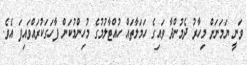
ވަނީ ޔަމަނަށް މިހާރު ދެމުންދާ ވައިގެ ހަމަލާތައް ހުއްޓާލުމުގެ މުހިންމުކަން ފާހަގަކުރައްވައިފަ އެވެ.